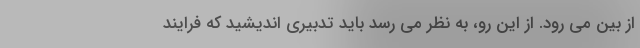
از بین می رود. از این رو، به نظر می رسد باید تدبیری اندیشید که فرایند